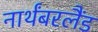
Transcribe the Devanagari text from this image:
नार्थंबरलैंड